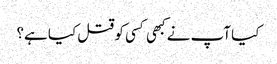
کیا آپ نے کبھی کسی کو قتل کیا ہے؟